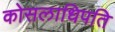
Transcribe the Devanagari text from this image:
कोसलाधिपति